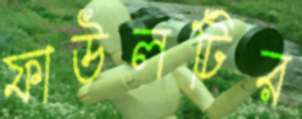
ফাউলটির